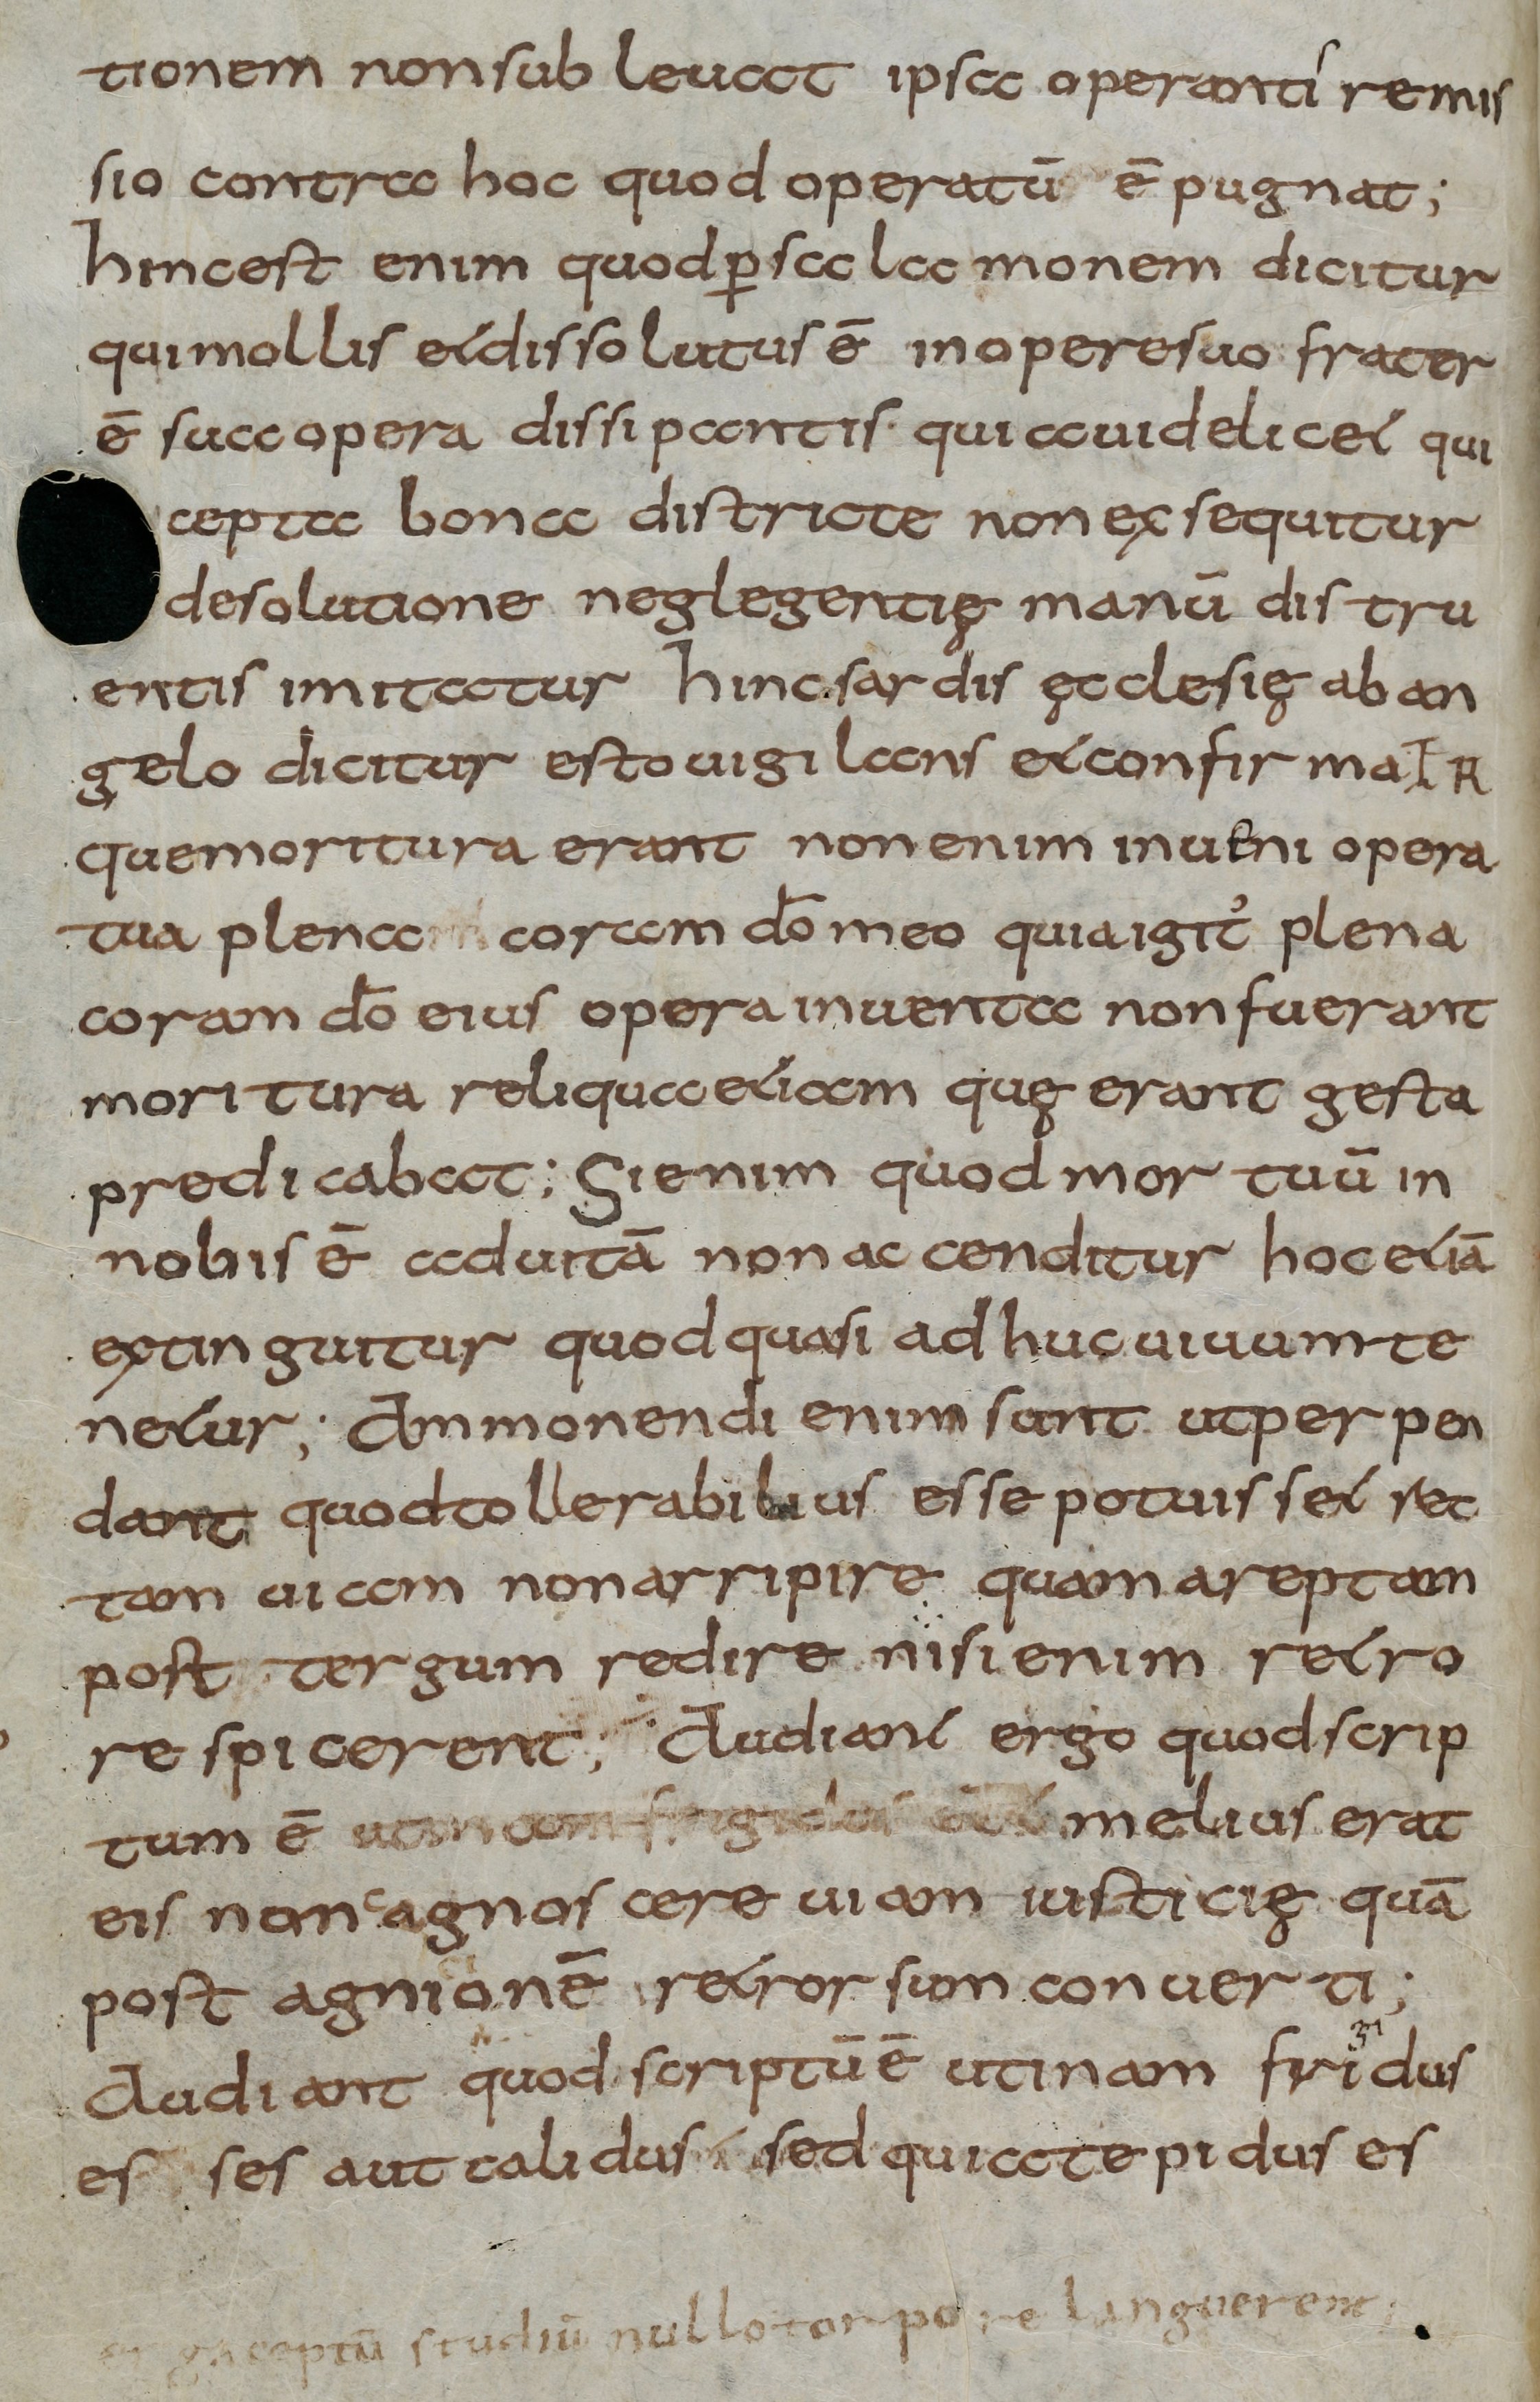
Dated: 800–830